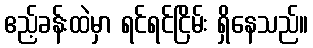
ဧည့်ခန်းထဲမှာ ရင်ရင်ငြိမ်း ရှိနေသည်။